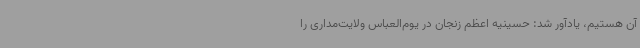
آن هستیم، یادآور شد: حسینیه اعظم زنجان در یوم‌العباس ولایت‌مداری را